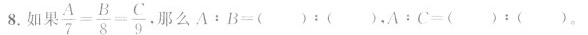
8.如果 $$\frac { A } { 7 } = \frac { B } { 8 } = \frac { C } { 9 }$$ 。 那么$$A : B = ( ) : ( )$$,$$A : C = ( ) : ( )$$。